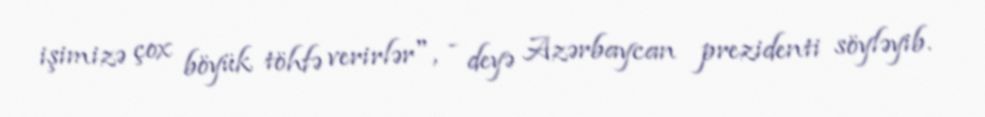
işimizə çox böyük töhfə verirlər", - deyə Azərbaycan prezidenti söyləyib.